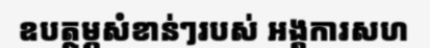
ឧបត្ថម្ភសំខាន់ៗរបស់ អង្គការសហ